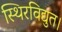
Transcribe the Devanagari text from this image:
स्थिरविद्युत।